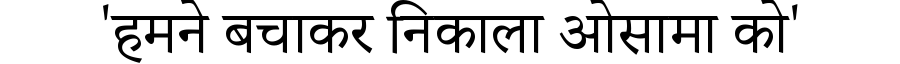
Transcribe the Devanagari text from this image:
'हमने बचाकर निकाला ओसामा को'